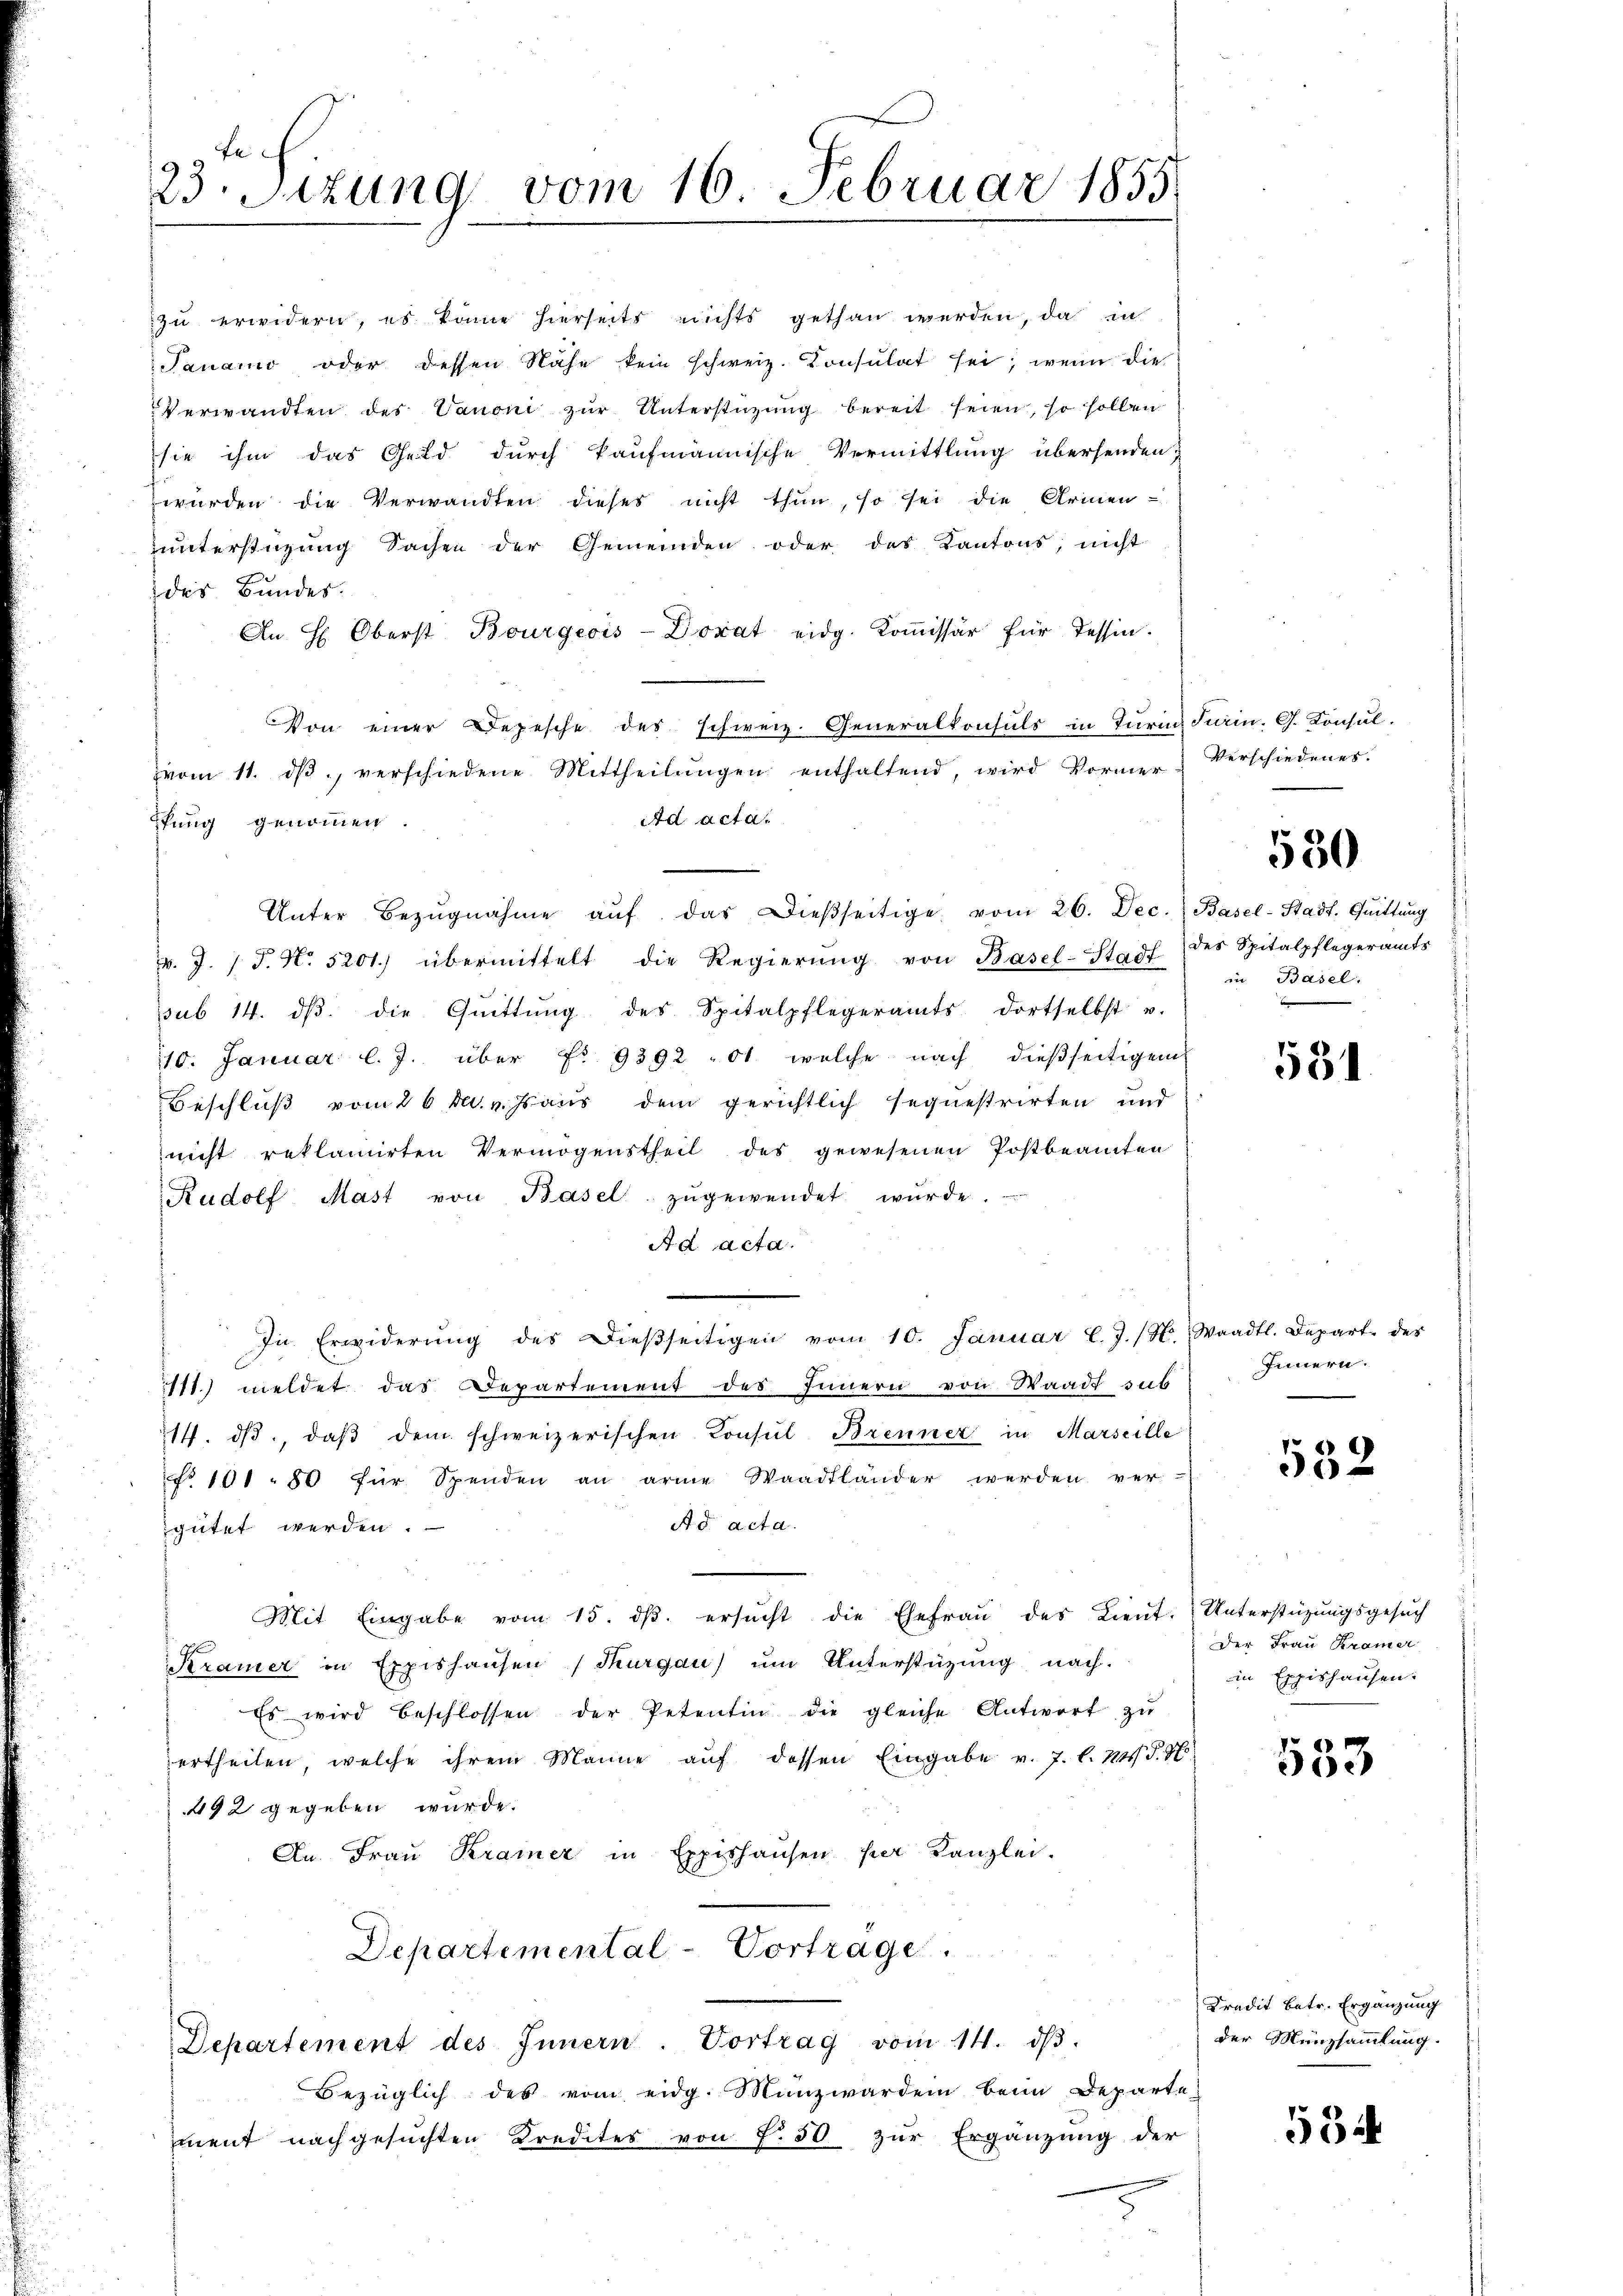
Ei
23. Sitzung vom 16. Februar 1855

zu erwidern, es könne hierseits nichts gethan werden, da in
Panaro oder dessen Nahe kein schweiz. Konsulat sei; wenn die
Verwandten des Vanoni zŭr Unterstüzung bereit seien, so sollen
sie ihm das Geld durch kaufmännische Vermittlung übersenden;
wurden die Verwandten dieses nicht thun, so sei die Armenunterstüzung Sachen der Gemeinden oder des Kantons, nicht
des Bundes.
An H. Oberst Bourgeois-Dorat eidg. Kommissär für Tessin.
Von einer Depesche des schweiz. Generalkonsuls in Turin Firin. G. Konsul-
vom 11. dβ verschiedene Mittheilŭngen enthaltend, wird Vormer Verschiedenes.
Ad acta.
Pfung genommen
Unter Bezŭgnahme aŭf das Dieβseitige vom 26. Dec. Basel-Stadt. Quittung
v. J. J. J. N. 5201.) übermittelt die Regierŭng von Basel-Stadt (des Spitalpflegeramts
sub 14. dβ die Quittung des Spitalpflegeramts dortselbst u.
10. Januar l. J. über Fr. 9392 " 01 welche nach dießseitigem
Beschluß vom 26. d. v. Js aus dem gerichtlich sequestrirten und
nicht reklamirten Vermögenstheil des gewesenen Postbeamten
Rudolf Mast von Basel zŭgewendet würde.
Ad acta.
In Erwiderŭng des Dieβseitigen vom 10. Januar l.J. (N. Waadt. Depart des
111) meldet das Departement des Innern von Waadt sub
17. dβ, daβ dem schweizerischen Consul Brenner in Marseille
No 101. 80 für Spenden an arme Waadtländer werden ver-
Ad acta.
gütet werden.
Mit Eingabe vom 15. dβ. ersŭcht die Ehefraŭ des Lieŭt. Unterstützŭngsgesŭch
Kramer in Expishausen (Thurgau) ŭm Unterstützŭng nach.
Es wird beschlossen der Petentin die gleiche Antwort zŭ
ertheilen, welche ihrem Manne aŭf dessen Eingabe v. J. l. Mts. d. M.
492 gegeben wurde.
An. Frau Kramer in Expishausen per Kanzlei.
Departemental-Vortrage
Departement des Innern. Vortrag vom 14. dβ.
Bezüglich des vom eidg. Münzwarden beim Departe
iment nachgesuchten Kredites von f. 50 zur Ergänzung der

530

in Basel.
u

531

Innern.

532

Der Frau Kramer
in Expirhausen.

e
Jich

Kredit betr. Ergänzung
der Münzsammlung.

554